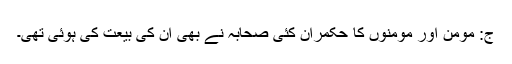
ج: مومن اور مومنوں کا حکمران کئی صحابہؓ نے بھی ان کی بیعت کی ہوئی تھی۔